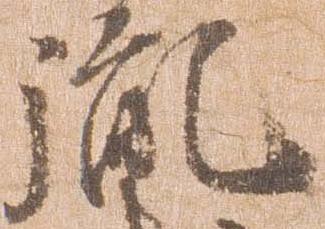
胤